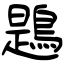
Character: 鶗